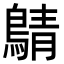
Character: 𪂴